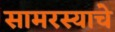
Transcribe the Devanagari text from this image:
सामरस्याचे